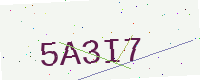
Text: 5A3I7